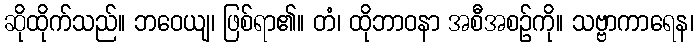
ဆိုထိုက်သည်။ ဘဝေယျ၊ ဖြစ်ရာ၏။ တံ၊ ထိုဘာဝနာ အစီအစဉ်ကို။ သဗ္ဗာကာရေန၊